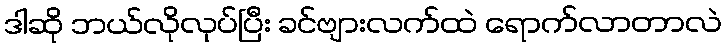
ဒါဆို ဘယ်လိုလုပ်ပြီး ခင်ဗျားလက်ထဲ ရောက်လာတာလဲ